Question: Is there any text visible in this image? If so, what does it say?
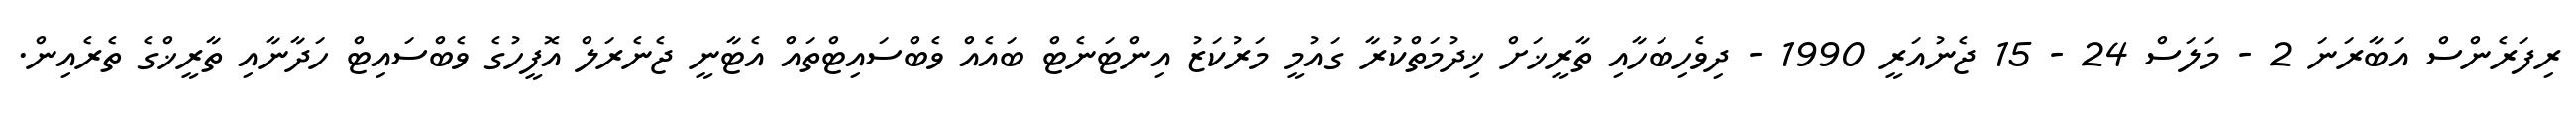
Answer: ރިފަރެންސް އަބާރަނަ 2 - މަލަސް 24 - 15 ޖެނުއަރީ 1990 - ދިވެހިބަހާއި ތާރީޚަށް ޚިދުމަތްކުރާ ގައުމީ މަރުކަޒު އިންޓަނެޓް ބައެއް ވެބްސައިޓްތައް އެޓާނީ ޖެނެރަލް އޮފީހުގެ ވެބްސައިޓް ހަދާނާއި ތާރީޚްގެ ތެރެއިން.